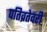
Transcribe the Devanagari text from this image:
पतिव्रतेवरी